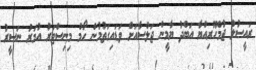
ރައީސުލް ޖުމްހޫރިއްޔާ އަބްދު ޔާމީން ޖަލްސާއަށް ވަޑައިގަތުމުން ހޯމް މިނިސްޓަރު އުމަރު ނަސީރު